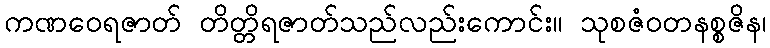
ကဏဝေရဇာတ် တိတ္တိရဇာတ်သည်လည်းကောင်း။ သုစဇံဝတနစ္စဇိန၊